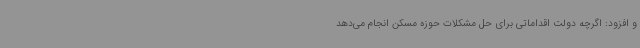
و افزود: اگرچه دولت اقداماتی برای حل مشکلات حوزه مسکن انجام می‌دهد